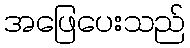
အဖြေပေးသည်